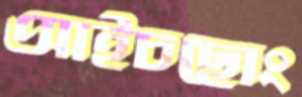
আইচছোং